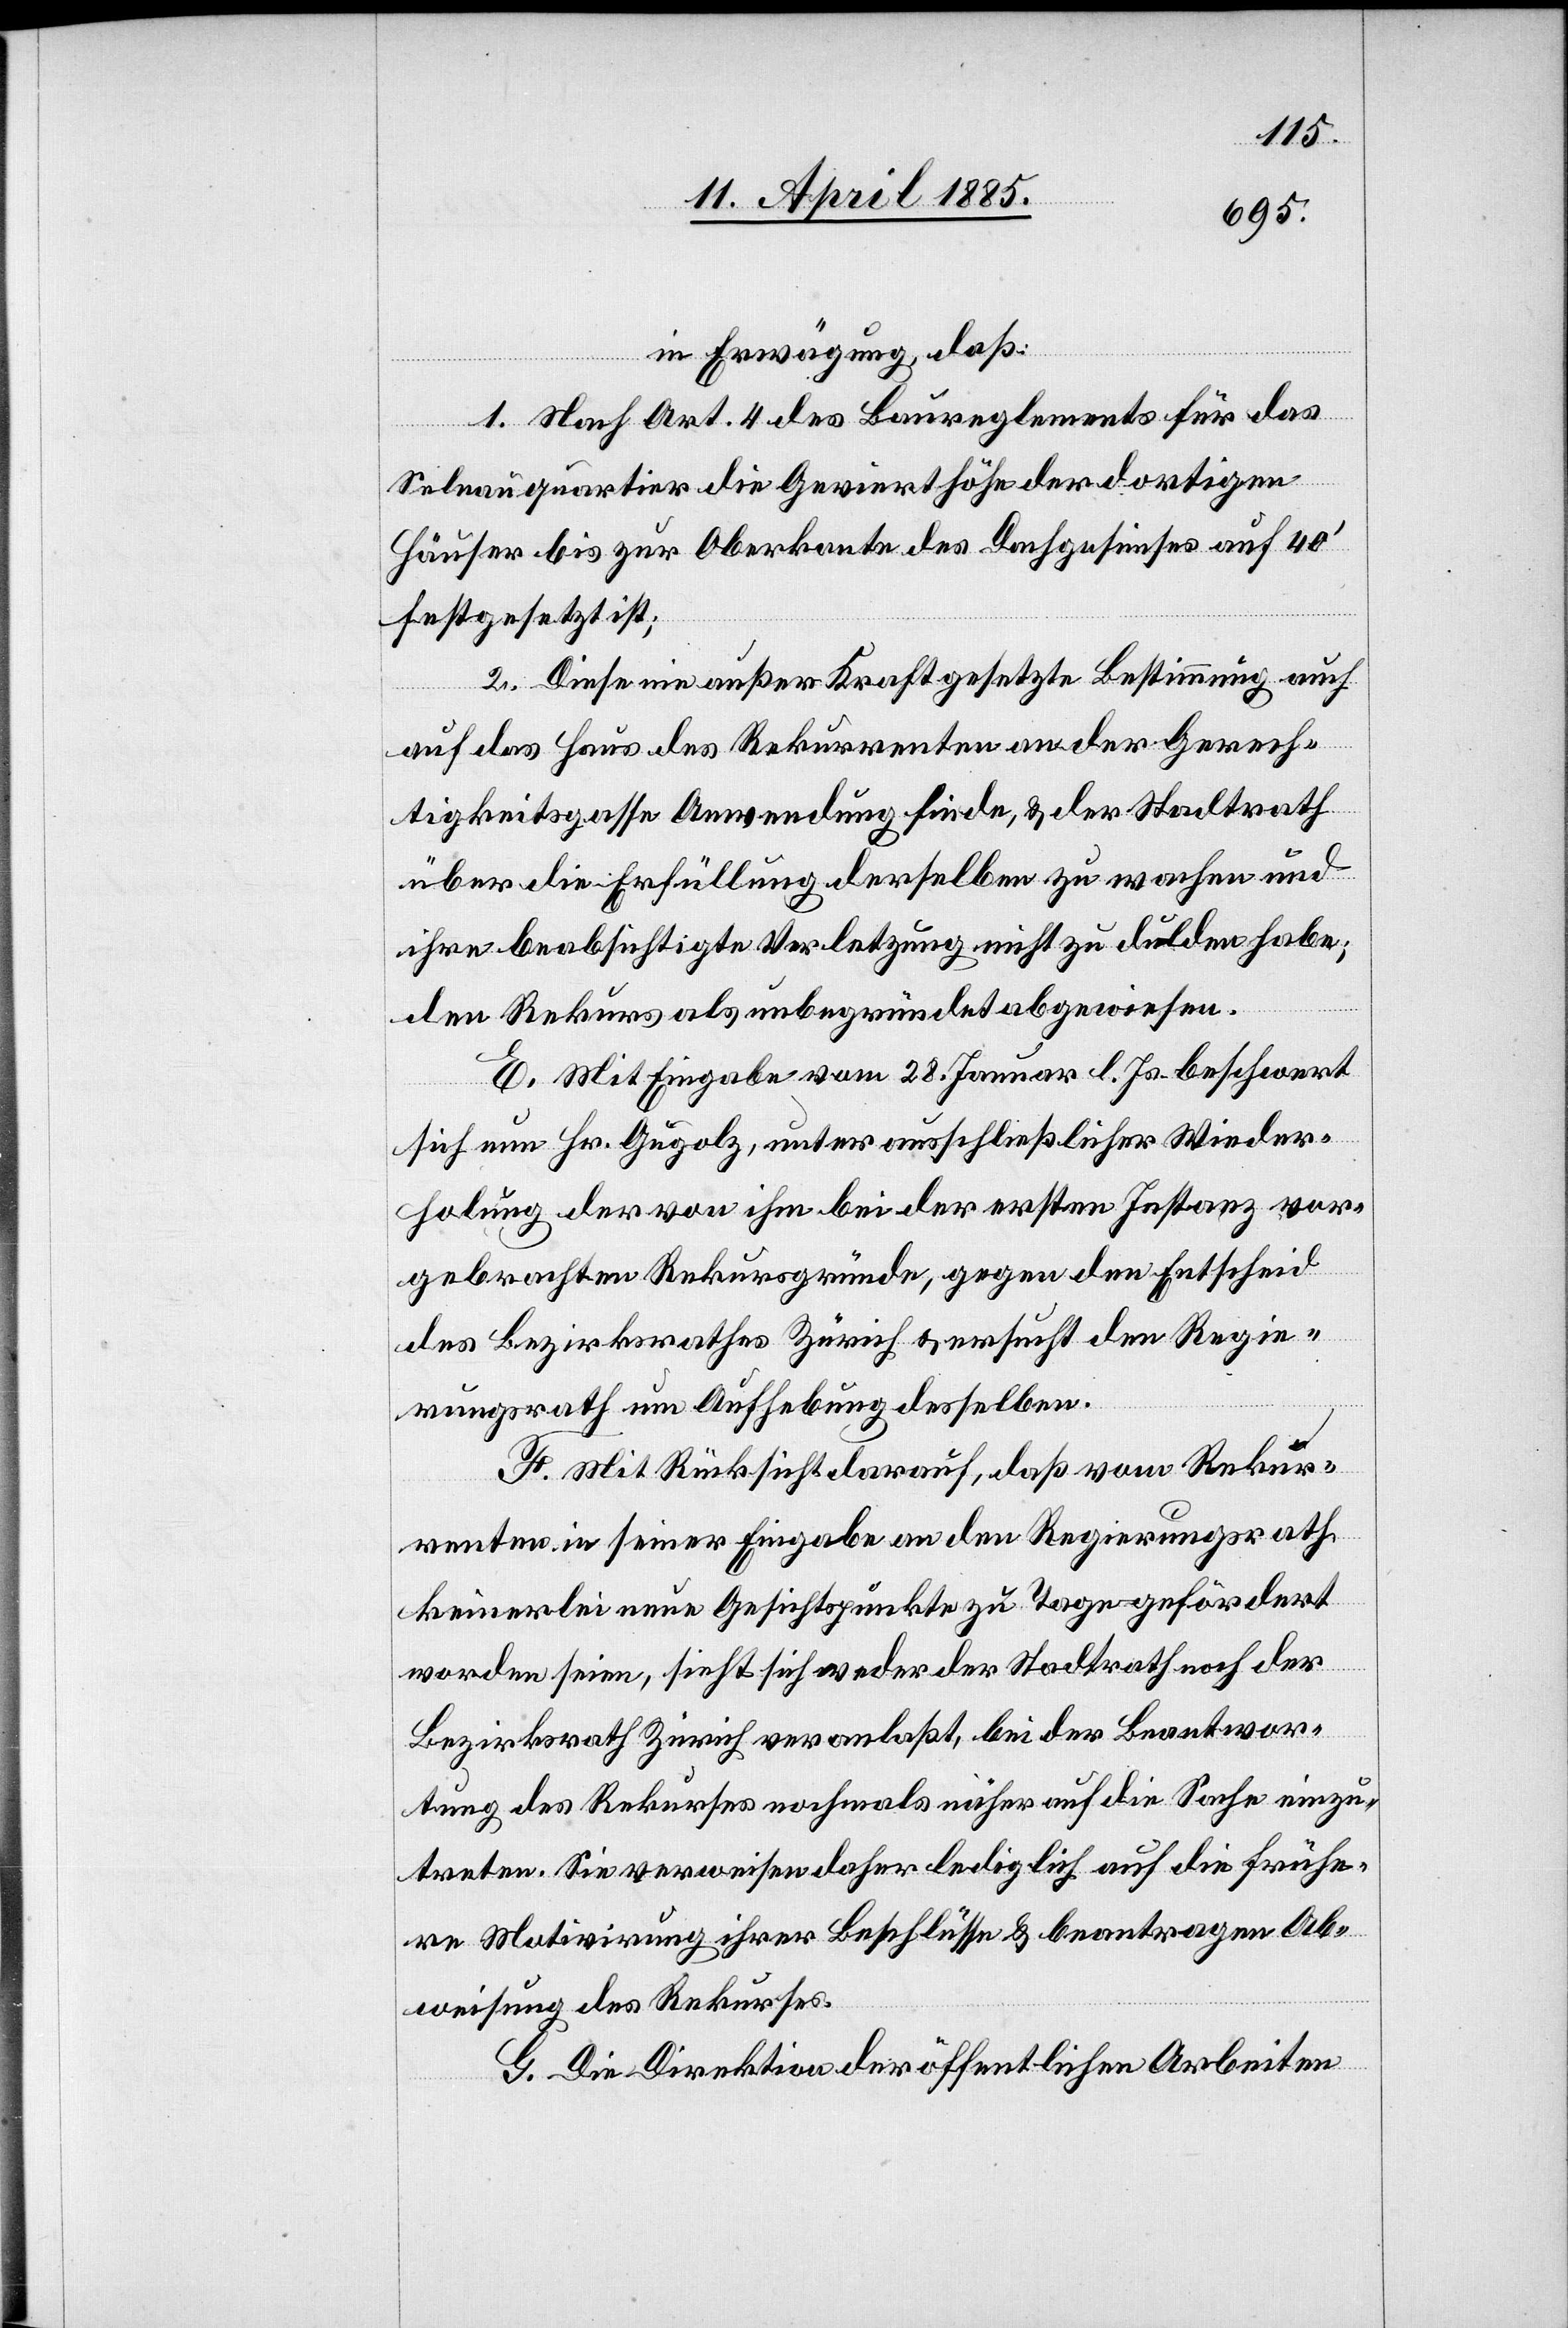
in Erwägung, daß:
1. Nach Art. 4 des Baureglements für das
Selnauquartier die Gevierthöhe der dortigen
Häuser bis zur Oberkante des Dachgesimses auf 40’
festgesetzt ist;
2. Diese nie außer kraftgesetzte Bestimmung auch
auf das Haus des Rekurrenten an der Gerech¬
tigkeitsgasse Anwendung finde, & der Stadtrath
über die Erfüllung derselben zu wachen und
ihre beabsichtigten Verletzung nicht zu dulden habe;
den Rekurs als unbegründet abgewiesen.
E. Mit Eingabe vom 28. Januar l. Js. beschwert
sich nun Hr. Gugolz, unter ausschließlicher Wieder¬
holung der von ihm bei der ersten Instanz vor¬
gebrachten Rekursgründe, gegen den Entscheid
des Bezirksrathes Zürich & ersucht den Regie¬
rungsrath um Aufhebung desselben.
F. Mit Rücksicht darauf, daß vom Rekur¬
renten in seiner Eingabe an den Regierungsrath
keinerlei neue Gesichtspunkte zu Tage gefördert
worden seien, sieht sich weder der Stadtrath noch der
Bezirksrath Zürich veranlaßt bei der Beantwor¬
tung des Rekurses nochmals näher auf die Sache einzu¬
treten. Sie verweisen daher lediglich auf die frühe¬
re Motivirung ihrer Beschlüsse & beantragen Ab¬
weisung des Rekurses.
G. Die Direktion der öffentlichen Arbeiten